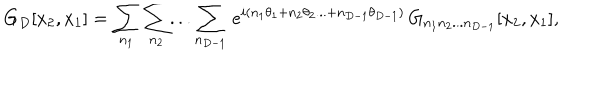
LaTeX: G _ { D } [ x _ { 2 } , x _ { 1 } ] = \sum _ { n _ { 1 } } \sum _ { n _ { 2 } } . . . \sum _ { n _ { D - 1 } } \, e ^ { i ( n _ { 1 } \theta _ { 1 } + n _ { 2 } \theta _ { 2 } . . . + n _ { D - 1 } \theta _ { D - 1 } ) } \, G _ { n _ { 1 } n _ { 2 } . . . n _ { D - 1 } } [ x _ { 2 } , x _ { 1 } ] ,